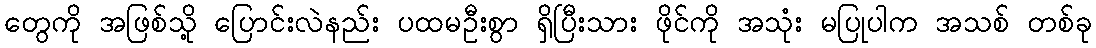
တွေကို အဖြစ်သို့ ပြောင်းလဲနည်း ပထမဦးစွာ ရှိပြီးသား ဖိုင်ကို အသုံး မပြုပါက အသစ် တစ်ခု